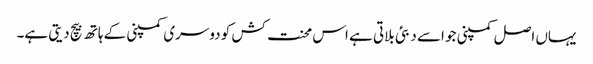
یہاں اصل کمپنی جو اسے دبئی بلاتی ہے اس محنت کش کو دوسری کمپنی کے ہاتھ بیچ دیتی ہے۔